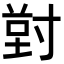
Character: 𭔸